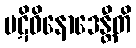
ပဋိဝိနောဒေန္တီတိ